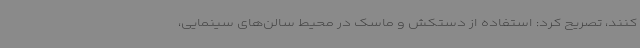
کنند، تصریح کرد: استفاده از دستکش و ماسک در محیط سالن‌های سینمایی،